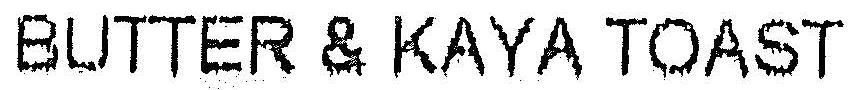
BUTTER & KAYA TOAST